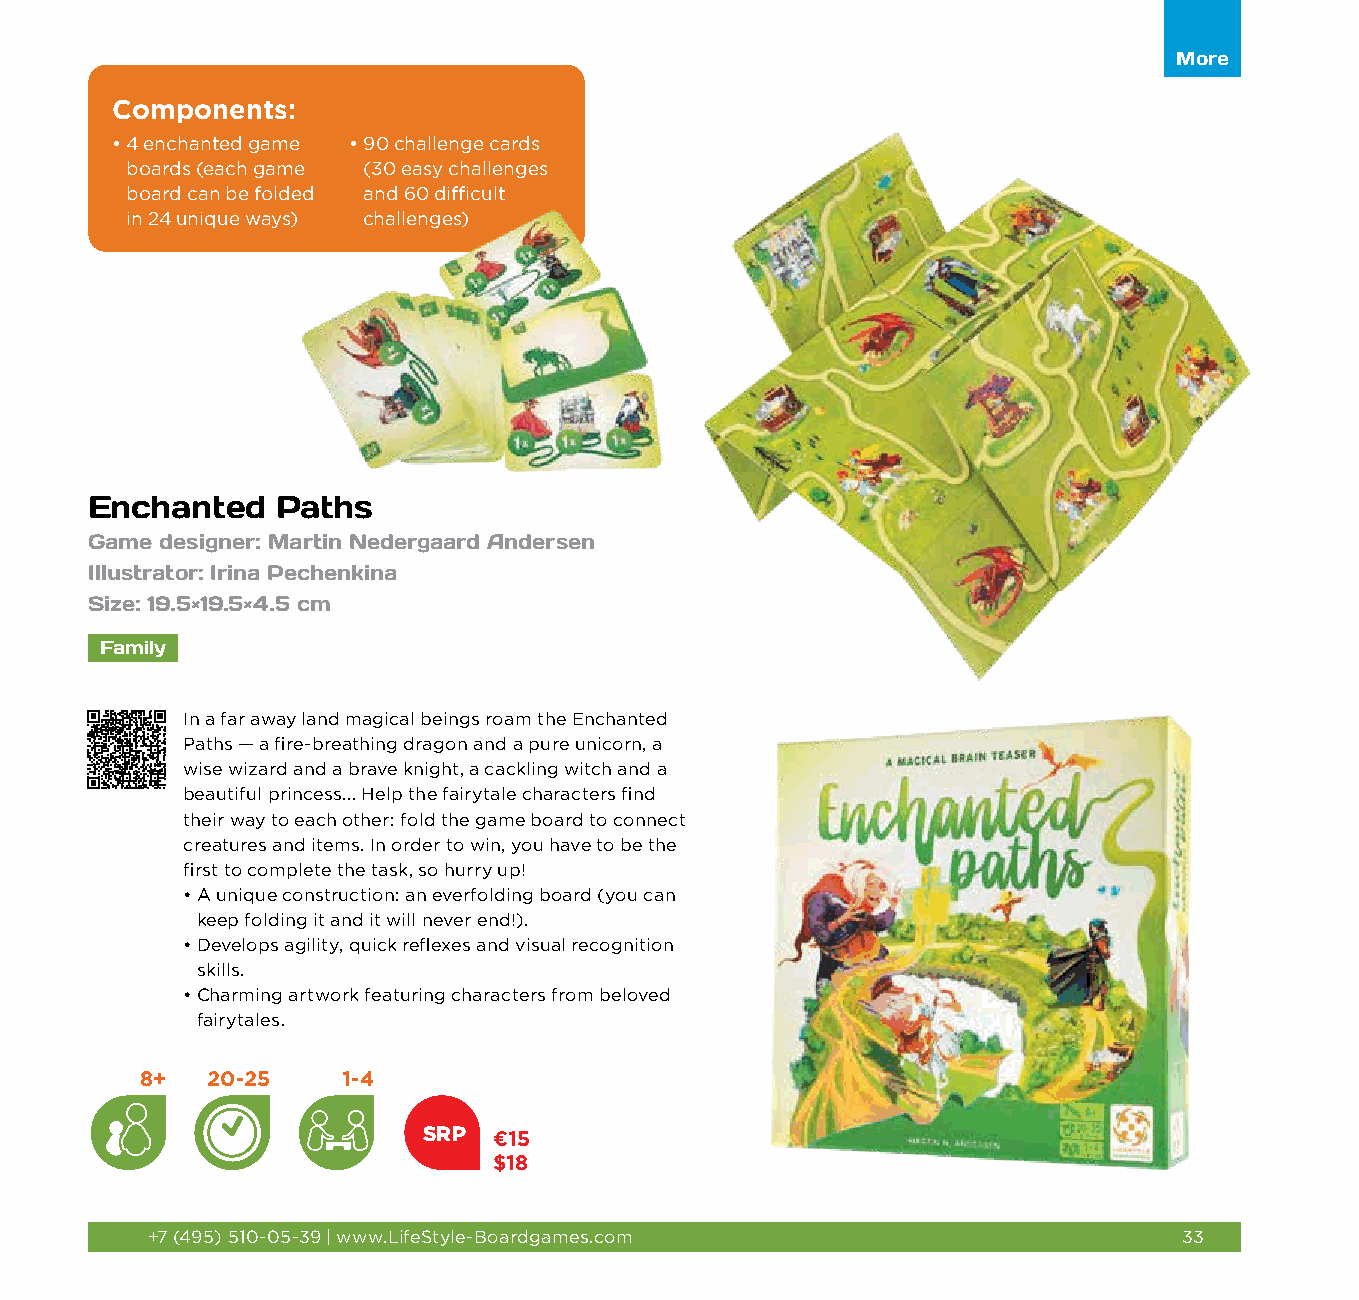
More
 Components:
 • 4 enchanted game • 9 0 challenge cards
 boards (each game (30 easy challenges
 board can be folded and 60 difficult
 in 24 unique ways) challenges)
 Enchanted   Paths
 Game designer: Martin Nedergaard Andersen
 Illustrator: Irina Pechenkina
 Size: 19.5×19.5×4.5 cm
 Family
 In a far away land magical beings roam the Enchanted
 Paths — a fire-breathing dragon and a pure unicorn, a
 wise wizard and a brave knight, a cackling witch and a
 beautiful princess... Help the fairytale characters find
 their way to each other: fold the game board to connect
 creatures and items. In order to win, you have to be the
 first to complete the task, so hurry up!
 • A unique construction: an everfolding board (you can
 keep folding it and it will never end!).
 • Develops agility, quick reflexes and visual recognition
 skills.
 • Charming artwork featuring characters from beloved
 fairytales.
 8+   20-25    1-4
 SRP  €15
 $18
 +7 (495) 510-05-39 | www.LifeStyle-Boardgames.com                   33